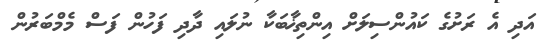
އަދި އެ ރަށުގެ ކައުންސިލަށް އިންތިޚާބަކާ ނުލައި ދާދި ފަހުން ފަސް މެމްބަރުން